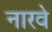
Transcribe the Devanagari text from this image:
नारवे